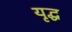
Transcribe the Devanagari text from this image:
यृद्ध